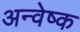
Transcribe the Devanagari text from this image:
अन्वेष्क